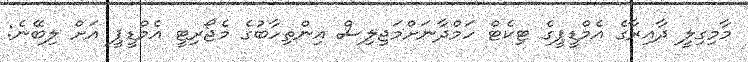
މާމިގިލީ ދާއިރާގެ އެމްޑީޕީގެ ޓިކެޓް ހަމްދާނަށްމަޖިލިސް އިންތިހާބުގެ މެޖޯރިޓީ އެމްޑީޕީ އަށް ލިބޭނެ: